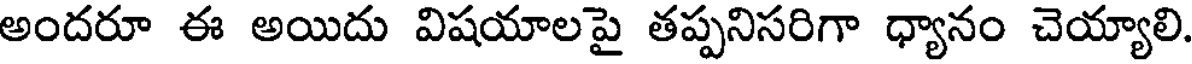
అందరూ ఈ అయిదు విషయాలపై తప్పనిసరిగా ధ్యానం చెయ్యాలి.